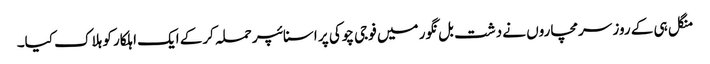
منگل ہی کے روز سرمچاروں نے دشت بل نگور میں فوجی چوکی پر اسنائپر حملہ کرکے ایک اہلکار کو ہلاک کیا۔